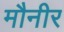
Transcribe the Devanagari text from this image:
मौनीर